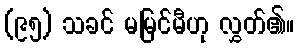
(၉၅) သခင် မမြင်မီဟု လွှတ်၏။